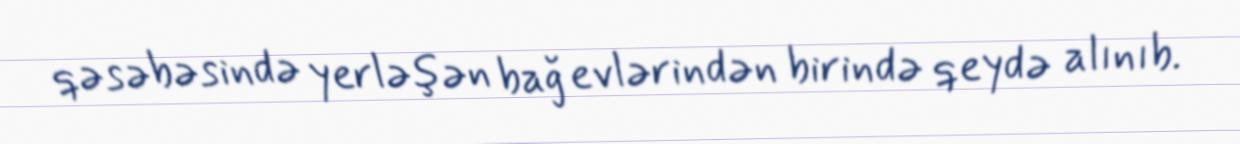
qəsəbəsində yerləşən bağ evlərindən birində qeydə alınıb.